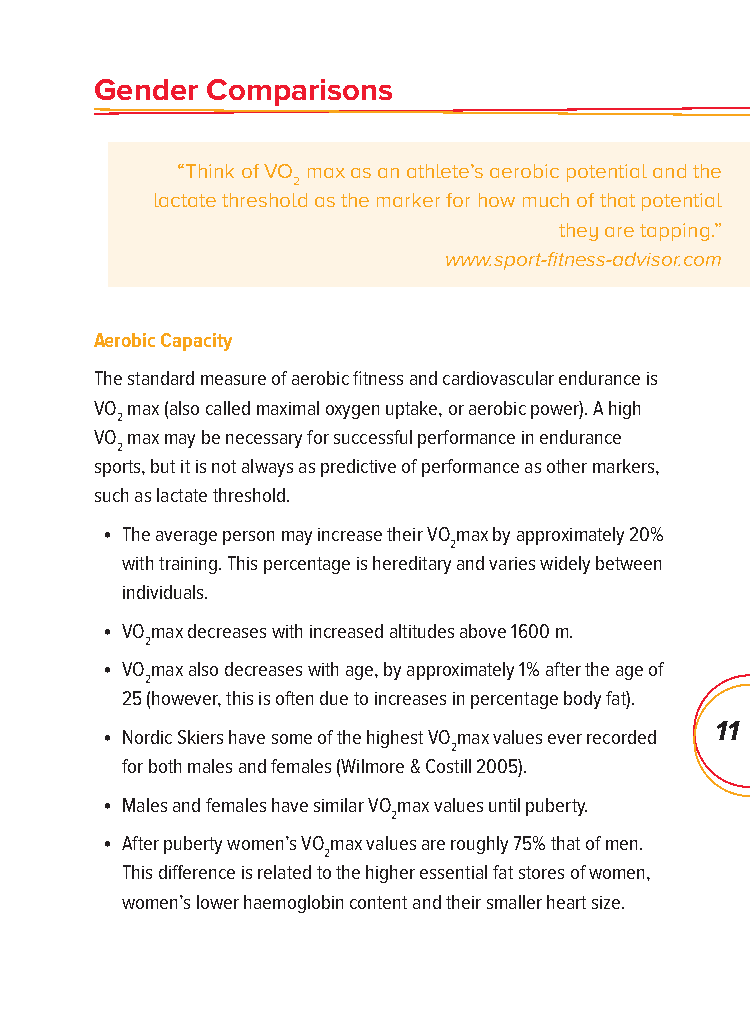
Gender  Comparisons
 “Think of VO max as an athlete’s aerobic potential and the
 2
 lactate threshold as the marker for how much of that potential
 they are tapping.”
 www.sport-fi tness-advisor.com
 Aerobic Capacity
 The standard measure of aerobic fi tness and cardiovascular endurance is
 VO max (also called maximal oxygen uptake, or aerobic power). A high
 2
 VO max may be necessary for successful performance in endurance
 2
 sports, but it is not always as predictive of performance as other markers,
 such as lactate threshold.
 • The average person may increase their VOmax by approximately 20%
 2
 with training. This percentage is hereditary and varies widely between
 individuals.
 • VOmax decreases with increased altitudes above 1600 m.
 2
 • VOmax also decreases with age, by approximately 1% after the age of
 2
 25 (however, this is often due to increases in percentage body fat).
 • Nordic Skiers have some of the highest VOmax values ever recorded 11
 2
 for both males and females (Wilmore & Costill 2005).
 • Males and females have similar VOmax values until puberty.
 2
 • After puberty women’s VOmax values are roughly 75% that of men.
 2
 This diff erence is related to the higher essential fat stores of women,
 women’s lower haemoglobin content and their smaller heart size.